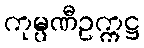
ကုမ္ပဏီဥက္ကဋ္ဌ